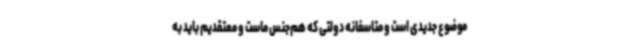
موضوع جدیدی است و متاسفانه دولتی که هم‌جنس ماست و معتقدیم باید به